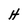
Character: H